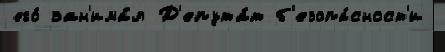
его́ зан'има́л Д'епута́т б'езопа́сност'и